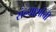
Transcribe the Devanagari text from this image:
संन्याशांची